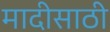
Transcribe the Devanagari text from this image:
मादीसाठी